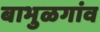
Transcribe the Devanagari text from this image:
बाभुळगांव